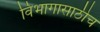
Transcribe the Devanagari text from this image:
विभागासाठीच